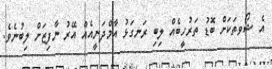
އެ ޝޯވތަކަށް ބޮޑު ތަރުހީބެއް ލިބި ރަނގަޅު އާމްދަނީއެއް އޭރު ނާފިޒަށް ލިބުނެވެ.